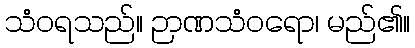
သံဝရသည်။ ဉာဏသံဝရော၊ မည်၏။